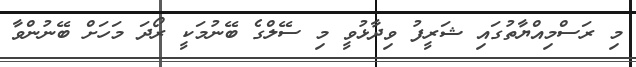
މި ރަސްމިއްޔާތުގައި ޝަރީފު ވިދާޅުވީ މި ސޭލްގެ ބޭނުމަކީ ރޯދަ މަހަށް ބޭނުންވާ